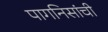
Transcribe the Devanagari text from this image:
पागनिसांची